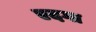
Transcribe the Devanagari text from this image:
एदगा